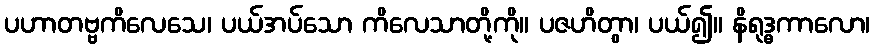
ပဟာတဗ္ဗကိလေသေ၊ ပယ်အပ်သော ကိလေသာတို့ကို။ ပဇဟိတွာ၊ ပယ်၍။ နိရုဒ္ဓကာလော၊